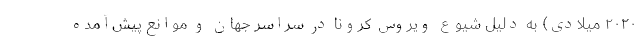
۲۰۲۰ میلادی) به دلیل شیوع ویروس کرونا در سراسر جهان و موانع پیش‌آمده